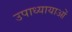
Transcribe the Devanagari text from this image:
उपाध्यायाओं